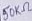
Text: 50KΩ